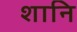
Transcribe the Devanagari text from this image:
शानि